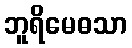
ဘူရိမေဓသာ